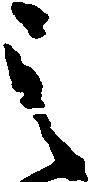
之